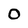
Character: O